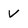
Character: V